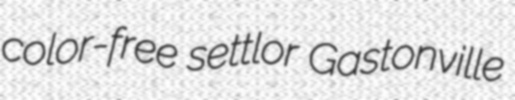
color-free settlor Gastonville